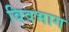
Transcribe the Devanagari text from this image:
विवभाग